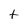
Character: t